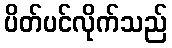
ပိတ်ပင်လိုက်သည်